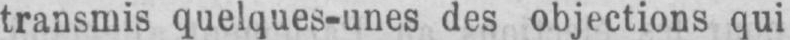
transmis quelques-unes des objections qui